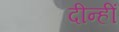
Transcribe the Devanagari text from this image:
दीन्‍हीं